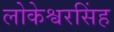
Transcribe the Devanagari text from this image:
लोकेश्वरसिंह